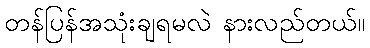
တန်ပြန်အသုံးချရမလဲ နားလည်တယ်။